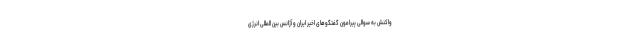
واکنش به سوالی پیرامون گفتگوهای اخیر ایران و آژانس بین المللی انرژی